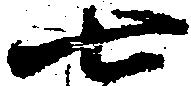
七